Document type: Enfranchisement
Year: 1297
Scribe: Jaume de Trilla
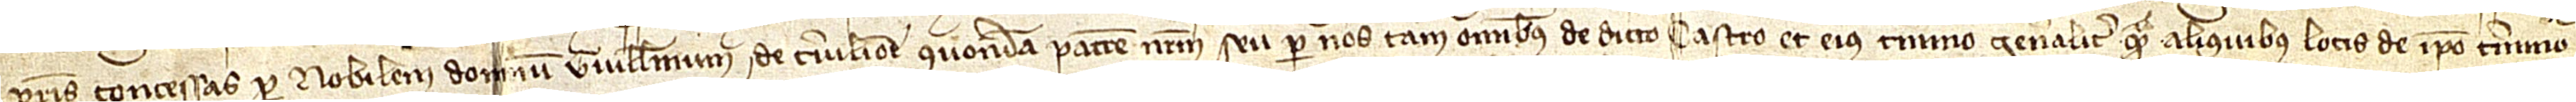
vestris concessas per nobilem dominum Guillelmum de Cervilione, quondam, patrem nostrum, seu per nos, tam omnibus de dicto castro et eius termino generaliter quam aliquibus locis de ipso termino